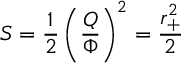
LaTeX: S = { \frac { 1 } { 2 } } \left( { \frac { Q } { \Phi } } \right) ^ { 2 } = { \frac { r _ { + } ^ { 2 } } { 2 } }